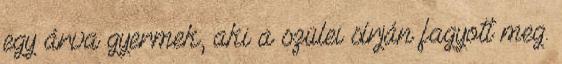
egy árva gyermek, aki a szülei sírján fagyott meg.